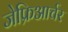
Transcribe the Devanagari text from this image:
जेफ्रिआर्चर